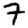
Digit: 7